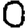
Digit: 0